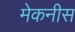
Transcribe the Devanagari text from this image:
मेकनीस